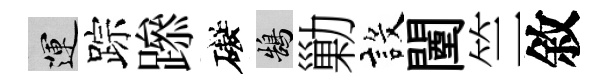
運踪𨅶礙鵠勦設闉竺敘